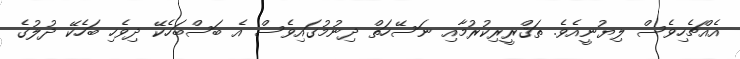
އެއްޗެހިވެސް ލިޔުނީއެވެ. ތަޤްރީރިކުރުމާއި ނަސޭހަތް ދިނުމުގައިވެސް އެ ބަސްބަހެކޭ ދިވެހި ބަހެކޭ ދުލުގެ